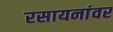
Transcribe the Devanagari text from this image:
रसायनांवर